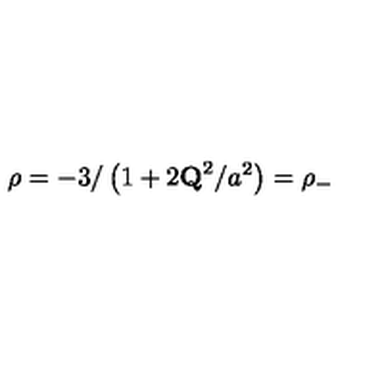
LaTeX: \rho = - 3 / \left( 1 + 2 { \bf Q } ^ { 2 } / a ^ { 2 } \right) = \rho _ { - }